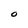
Character: O